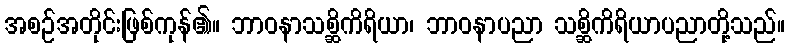
အစဉ်အတိုင်းဖြစ်ကုန်၏။ ဘာဝနာသစ္ဆိကိရိယာ၊ ဘာဝနာပညာ သစ္ဆိကိရိယာပညာတို့သည်။